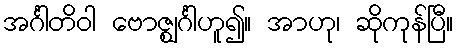
အင်္ဂါတိဝါ ဗောဇ္ဈင်္ဂါဟူ၍။ အာဟု၊ ဆိုကုန်ပြီ။